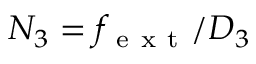
N _ { 3 } = f _ { \mathrm { ~ e ~ x ~ t ~ } } / D _ { 3 }